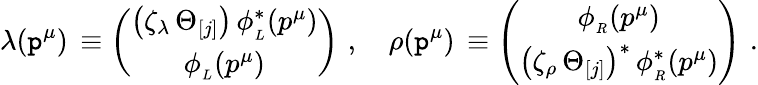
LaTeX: \lambda(\mathtt{p}^{\mu})\, \equiv\left(\begin{array}{c}{{\left(\zeta_{\lambda}\, \Theta_{[j]}\right)\, \phi_{_L}^{\ast}(p^{\mu})}}\\ {{\phi_{_L}(p^{\mu})}}\end{array}\right)\, \, ,\quad\rho(\mathtt{p}^{\mu})\, \equiv\left(\begin{array}{c}{{\phi_{_R}(p^{\mu})}}\\ {{\left(\zeta_{\rho}\, \Theta_{[j]}\right)^{\ast}\, \phi_{_R}^{\ast}(p^{\mu})}}\end{array}\right)\, \, .